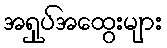
အရှုပ်အထွေးများ